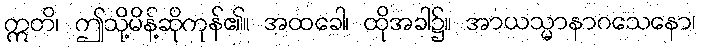
ဣတိ၊ ဤသို့မိန့်ဆိုကုန်၏။ အထခေါ၊ ထိုအခါ၌။ အာယသ္မာနာဂသေနော၊